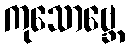
ကုသောဗ္ဘေ